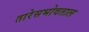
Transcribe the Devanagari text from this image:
तारेसभोवताल